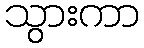
သွားကာ